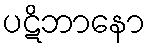
ပဋိဘာနော